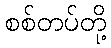
စစ်တပ်တို့